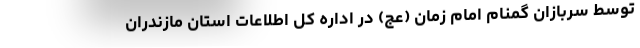
توسط سربازان گمنام امام زمان (عج) در اداره کل اطلاعات استان مازندران